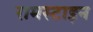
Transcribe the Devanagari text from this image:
रामस्टाइन